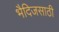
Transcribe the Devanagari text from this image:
भैदिजसाठी